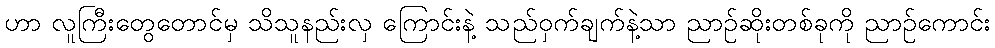
ဟာ လူကြီးတွေတောင်မှ သိသူနည်းလှ ကြောင်းနဲ့ သည်ဝှက်ချက်နဲ့သာ ညာဉ်ဆိုးတစ်ခုကို ညာဉ်ကောင်း